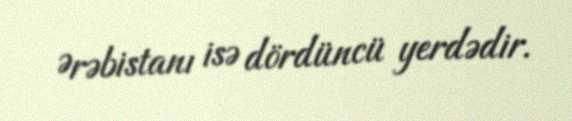
Ərəbistanı isə dördüncü yerdədir.